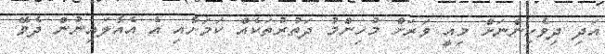
އަދި ދިވެހިންނަށް މިއީ ވަރަށް މުހިންމު ދަތުރުތަކެއް ކަމަށާއި އެ އެއާލައިނުން ދެވޭ